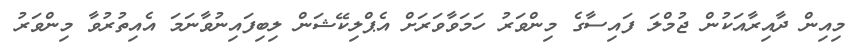
މިއިން ދާއިރާއަކުން ޖުމްލަ ފައިސާގެ މިންވަރު ހަމަވާވަރަށް އެޕްލިކޭޝަން ލިބިފައިނުވާނަމަ އެއިތުރުވާ މިންވަރު